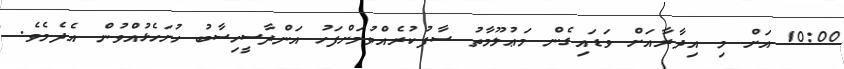
10:00 އަށް މި އިދާރާއަށް ވަޑައިގެން މަޢުލޫމާތު ސާފުކުރެއްވުމަށްފަހު އަންދާސީހިސާބު ހުށަހެޅުއްވުން އެދެމެވެ.